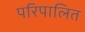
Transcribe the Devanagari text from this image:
परिपालित